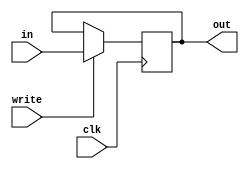
module register(
  clk, 
  write, 
  in, 
  out
);

  input               clk;
  input             write;
  input      [15:0]    in;
  output reg [15:0]   out;
  
  always @(negedge clk)
  begin
      if(write)
          out <= in;
  end

endmodule